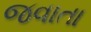
જવાતા